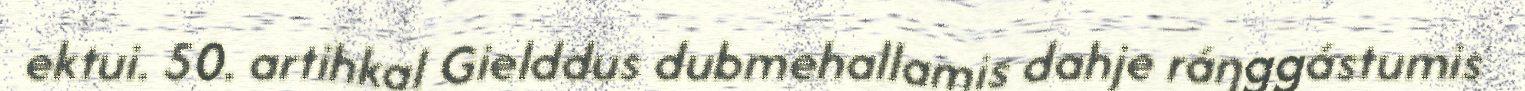
ektui. 50. artihkal Gielddus dubmehallamis dahje ráŋggástumis